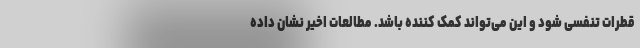
قطرات تنفسی شود و این می‌تواند کمک کننده باشد. مطالعات اخیر نشان داده